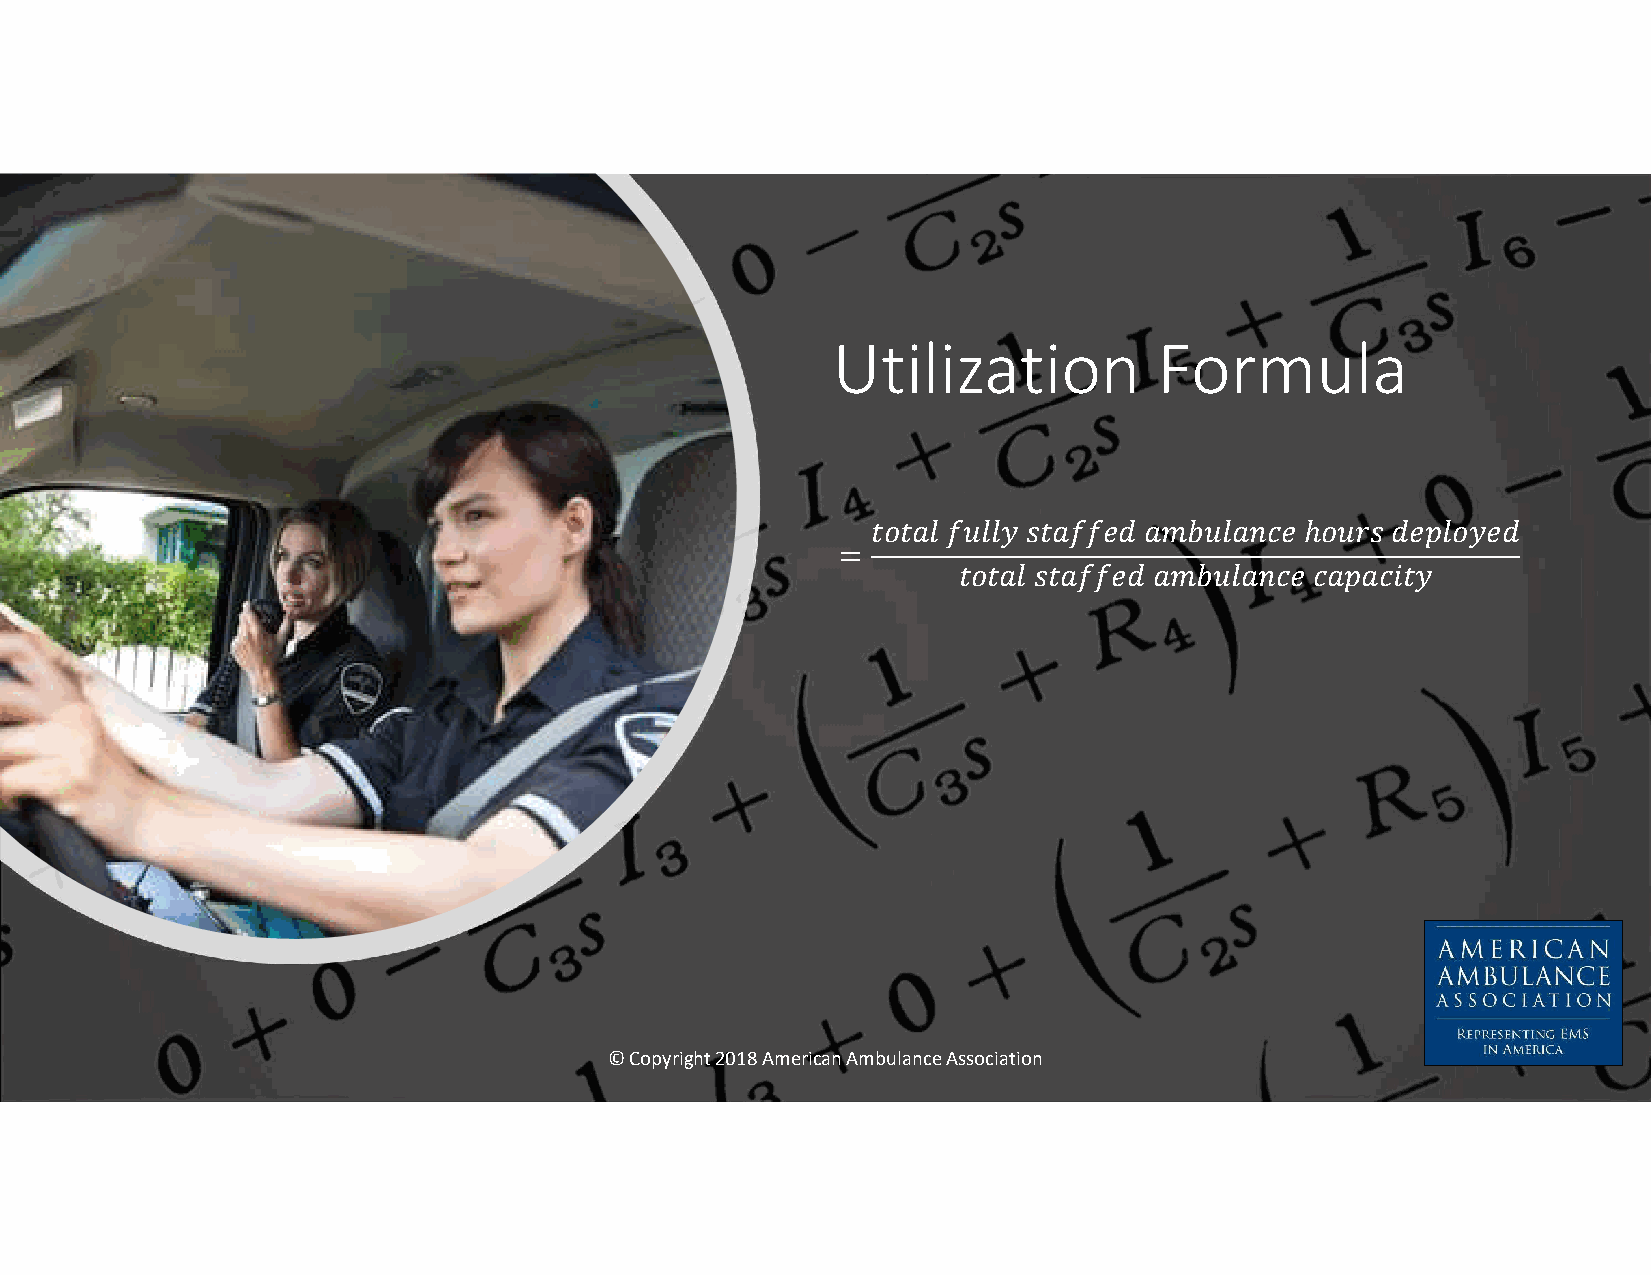
Utilization           Formula
 𝑡𝑜𝑡𝑎𝑙 𝑓𝑢𝑙𝑙𝑦 𝑠𝑡𝑎𝑓𝑓𝑒𝑑 𝑎𝑚𝑏𝑢𝑙𝑎𝑛𝑐𝑒 ℎ𝑜𝑢𝑟𝑠 𝑑𝑒𝑝𝑙𝑜𝑦𝑒𝑑
 =
 𝑡𝑜𝑡𝑎𝑙 𝑠𝑡𝑎𝑓𝑓𝑒𝑑 𝑎𝑚𝑏𝑢𝑙𝑎𝑛𝑐𝑒 𝑐𝑎𝑝𝑎𝑐𝑖𝑡𝑦
 © Copyright 2018 American Ambulance Association